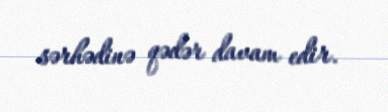
sərhədinə qədər davam edir.